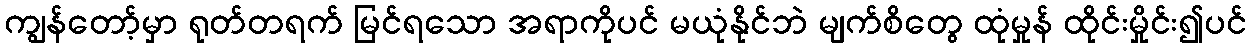
ကျွန်တော့်မှာ ရုတ်တရက် မြင်ရသော အရာကိုပင် မယုံနိုင်ဘဲ မျက်စိတွေ ထုံမှုန် ထိုင်းမှိုင်း၍ပင်